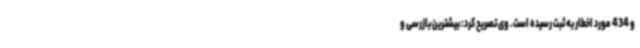
و 434 مورد اخطار به ثبت رسیده است. وی تصریح کرد: بیشترین بازرسی و